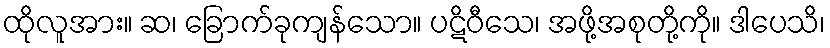
ထိုလူအား။ ဆ၊ ခြောက်ခုကျန်သော။ ပဋိဝီသေ၊ အဖို့အစုတို့ကို။ ဒါပေသိ၊